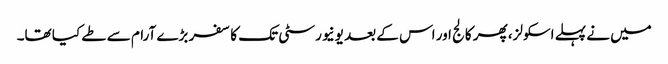
میں نے پہلے اسکولز، پھر کالج اور اس کے بعد یونیورسٹی تک کا سفر بڑے آرام سے طے کیا تھا۔